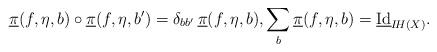
LaTeX: \begin{align*}\underline{\pi}(f,\eta,b) \circ \underline{\pi}(f,\eta,b') =\delta_{bb'} \,\underline{\pi}(f,\eta,b), \sum_b \underline{\pi}(f,\eta,b) = \underline{{\rm Id}}_{I\!H(X)}.\end{align*}